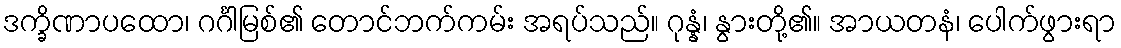
ဒက္ခိဏာပထော၊ ဂင်္ဂါမြစ်၏ တောင်ဘက်ကမ်း အရပ်သည်။ ဂုန္နံ၊ နွားတို့၏။ အာယတနံ၊ ပေါက်ဖွားရာ